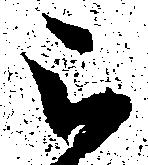
被